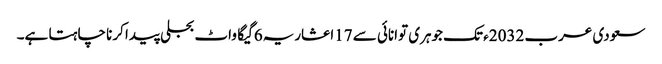
سعودی عرب 2032ء تک جوہری توانائی سے 17اعشاریہ6 گیگا واٹ بجلی پیدا کرنا چاہتا ہے۔